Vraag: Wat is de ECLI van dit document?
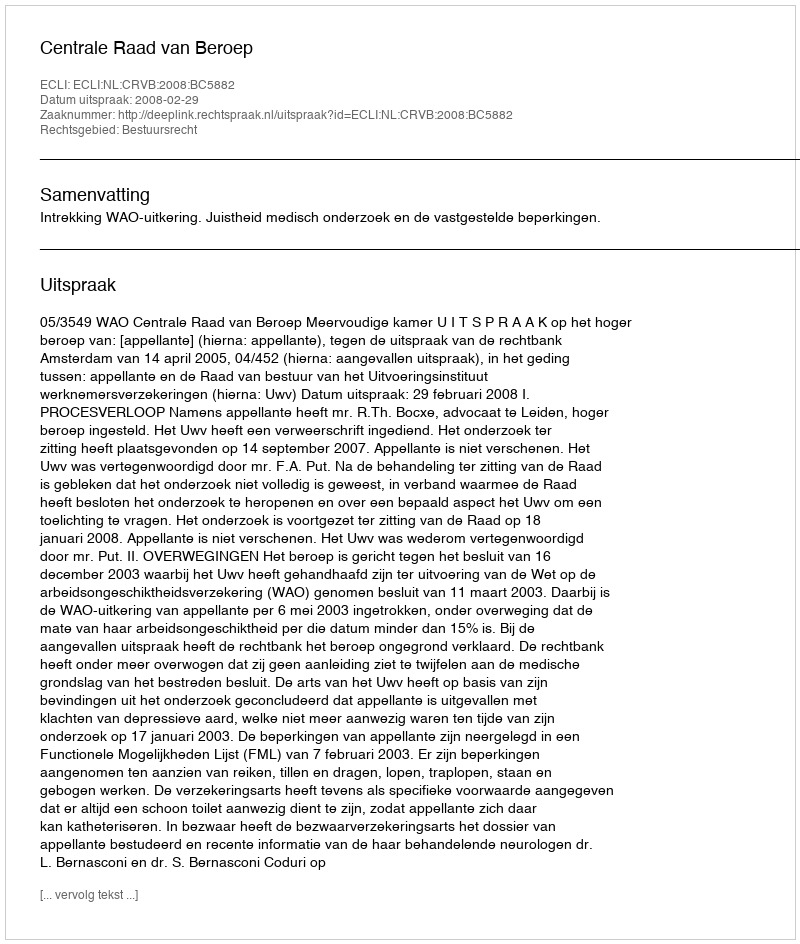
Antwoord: ECLI:NL:CRVB:2008:BC5882